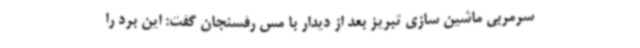
سرمربی ماشین سازی تبریز بعد از دیدار با مس رفسنجان گفت: این برد را